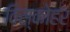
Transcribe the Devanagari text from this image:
विस्कोहर